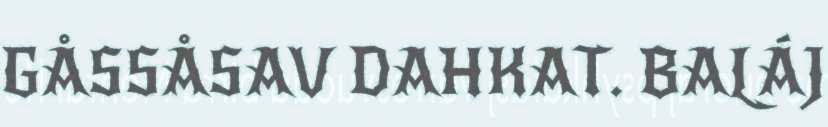
GÅSSÅSAV DAHKAT. BALÁJ